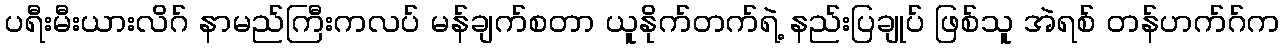
ပရီးမီးယားလိဂ် နာမည်ကြီးကလပ် မန်ချက်စတာ ယူနိုက်တက်ရဲ့ နည်းပြချုပ် ဖြစ်သူ အဲရစ် တန်ဟက်ဂ်က